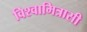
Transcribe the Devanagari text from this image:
विश्वामित्रासी